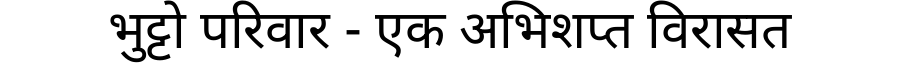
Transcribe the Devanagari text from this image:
भुट्टो परिवार - एक अभिशप्त विरासत